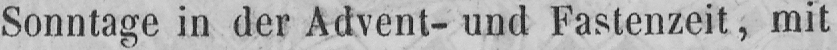
Sonntage in der Advent- und Fastenzeit, mit